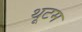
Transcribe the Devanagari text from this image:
थूटम